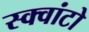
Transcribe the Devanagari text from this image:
स्क्वांटो